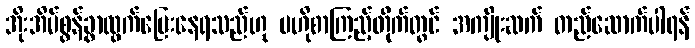
အိုးအိမ်စွန့်ခွာထွက်ပြေးနေရသည်ဟု ဗဟိုစာကြည့်တိုက်တွင် အကျိုးဆက် တည်ဆောက်ပါရန်